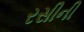
રસીની